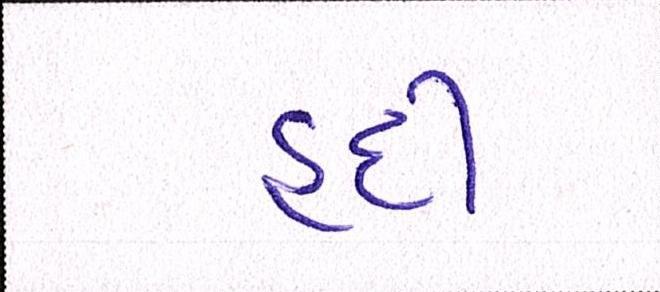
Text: હદી